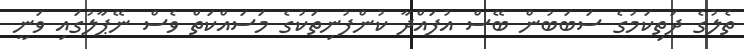
ތެލުގެ ދަތިކަމުގެ ސަބަބުން ބޭސް އުފައްދާ ކުންފުނިތަކުގެ މަސައްކަތް ވެސް ނޭޕާލުގައި ވަނީ